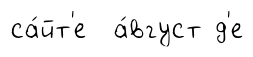
са́йт'е а́вгуст д'е